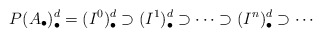
\begin{align*}P(A_{\bullet})_{\bullet}^{d} = (I^0)^{d}_{\bullet} \supset(I^1)^d_{\bullet} \supset\cdots \supset (I^n)^d_{\bullet} \supset \cdots\end{align*}